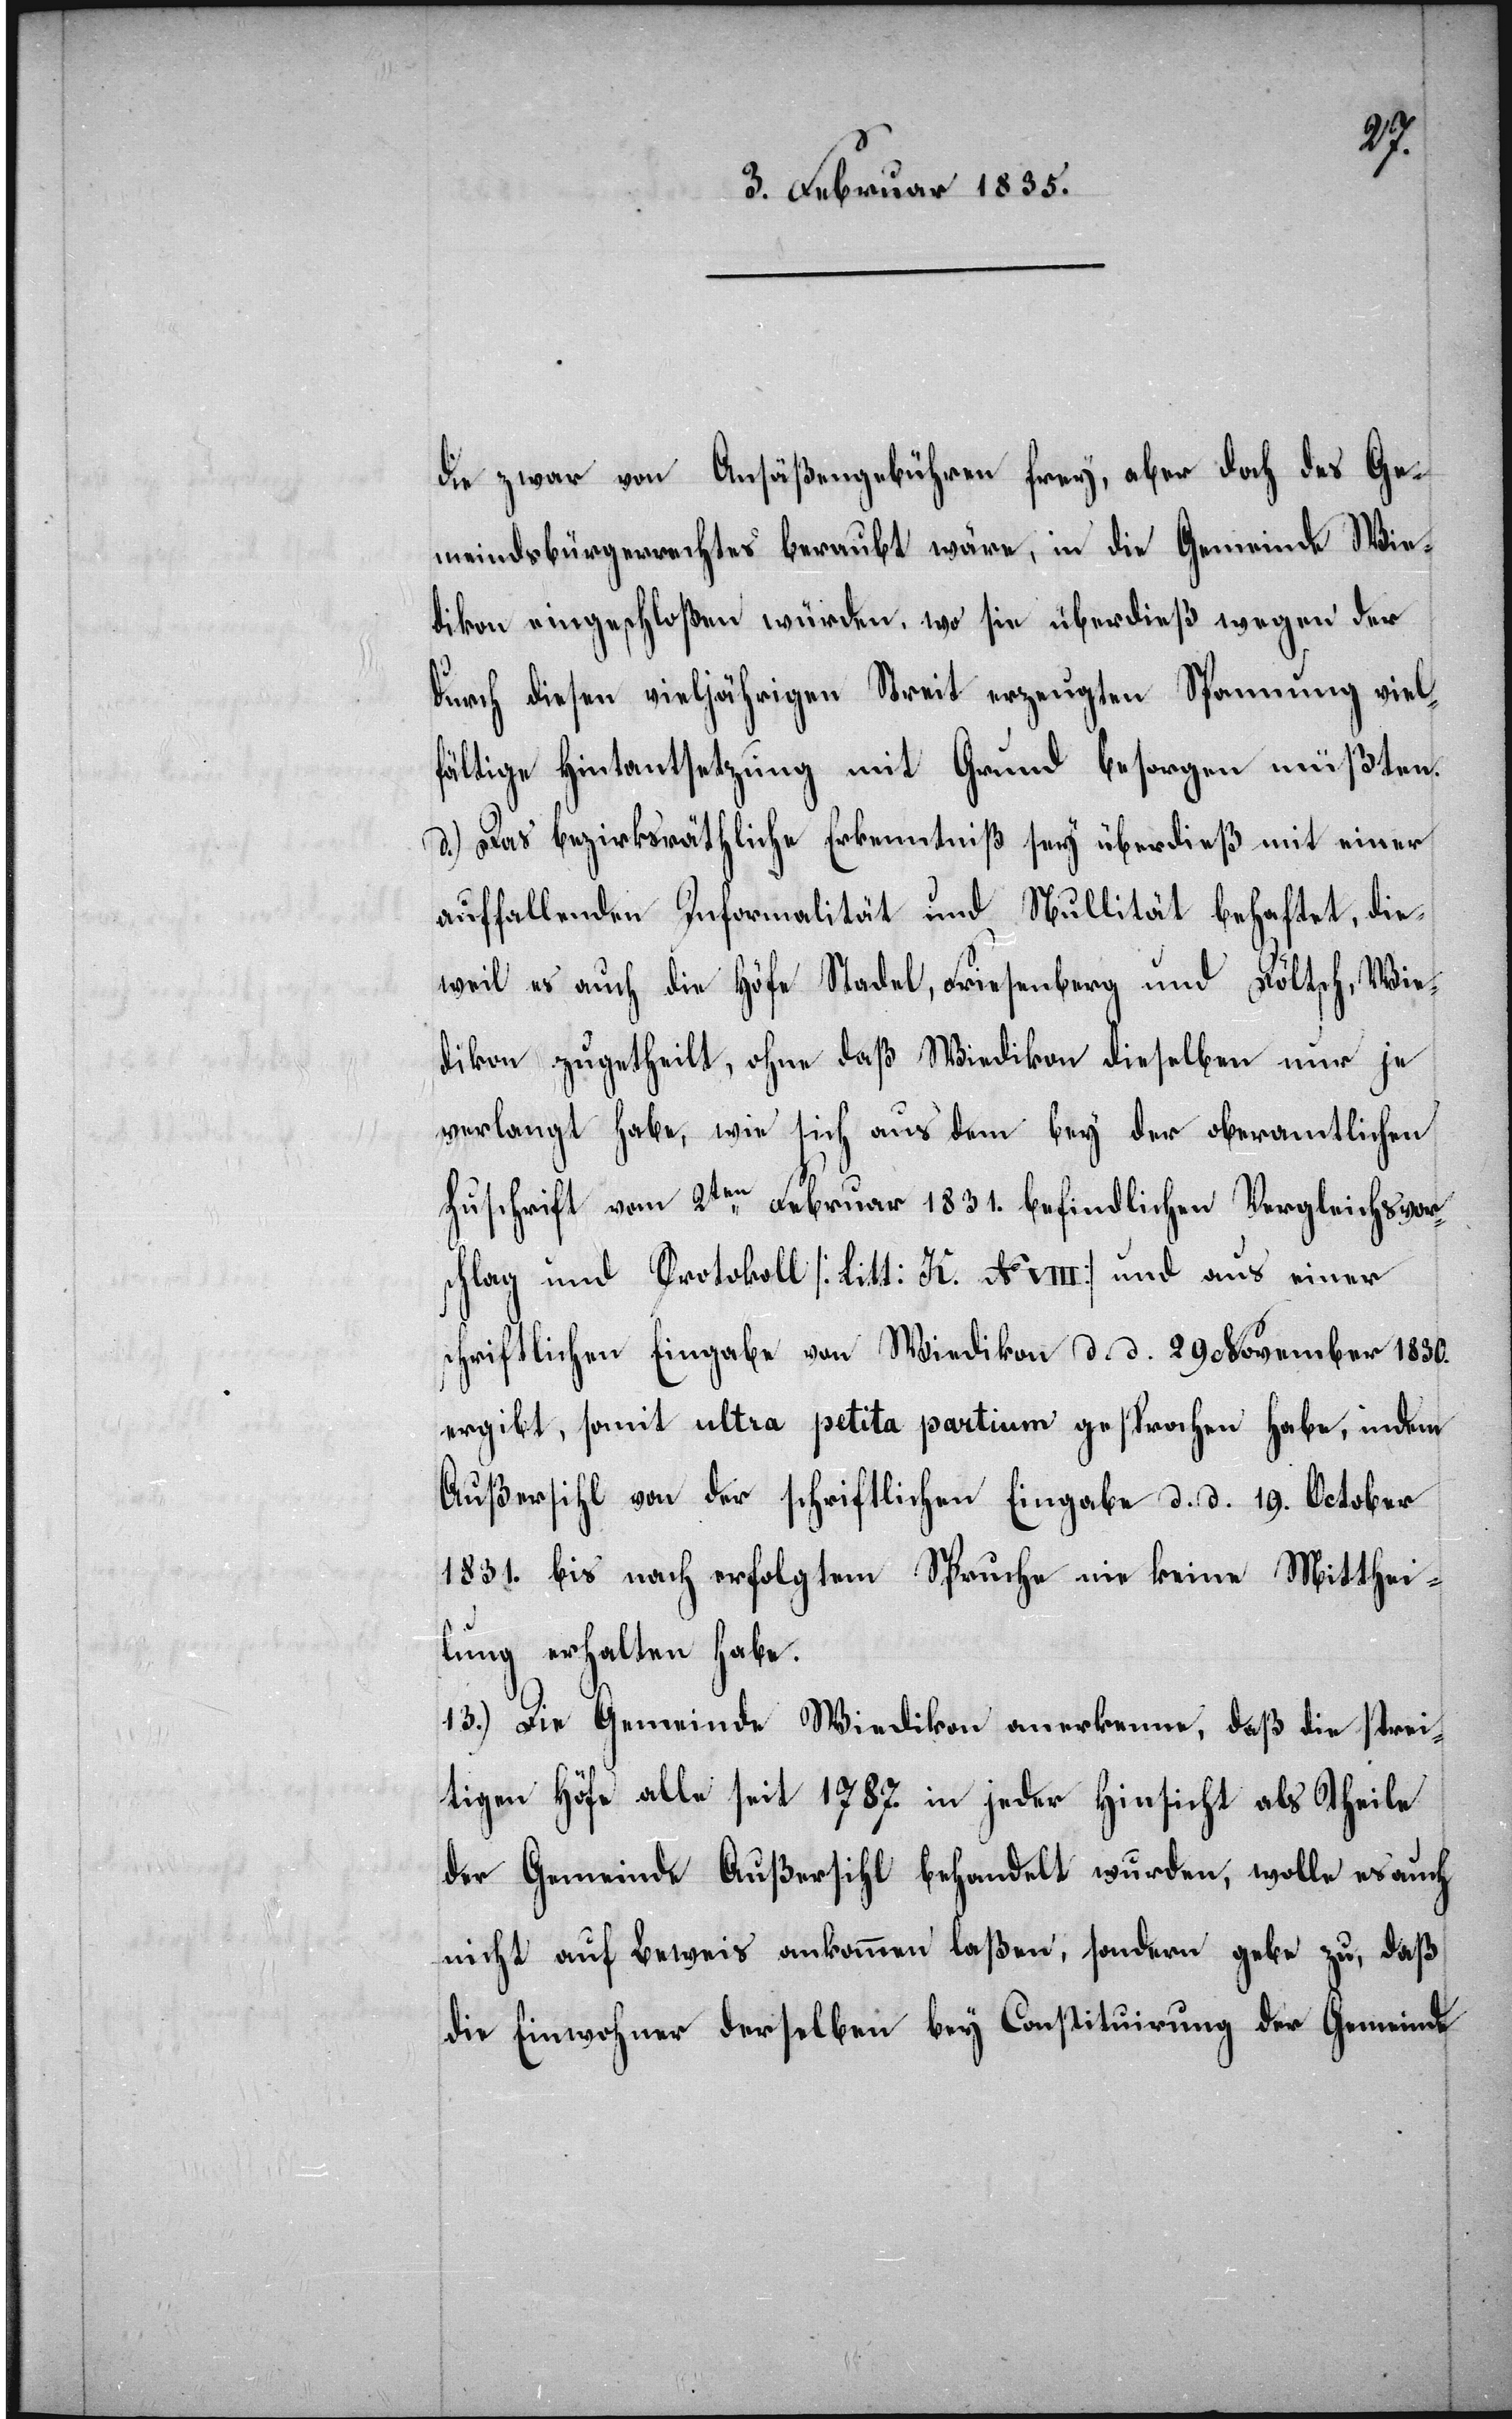
die zwar von Ansäßgebühren frey, aber doch des Ge¬
meindsbürgerrechtes beraubt wäre, in die Gemeinde Wie¬
dikon eingeschloßen würden, wo sie überdieß wegen der
durch diesen vieljährigen Streit erzeugten Spannung viel¬
fältige Hintantsetzung mit Grund besorgen müßten.
d.) Das bezirksräthliche Erkenntniß sey überdieß mit einer
auffallenden Informalität und Nullität behaftet, die¬
weil es auch die Höfe Stadel, Friesenberg und Döltsch, Wie¬
dikon zugetheilt, ohne daß Wiedikon dieselben nur je
verlangt habe, wie sich aus dem bey der oberamtlichen
Zuschrift vom 2ten Februar 1831. befindlichen Vergleichsvor¬
schlag und Protokoll [Litt: K. No. VIII] und aus einer
schriftlichen Eingabe von Wiedikon d. d. 29. November 1830.
ergibt, somit ultra petita partium gesprochen habe, indem
Außersihl von der schriftlichen Eingabe d. d. 19. October
1831. bis nach erfolgtem Spruche nie keine Mitthei¬
lung erhalten habe.
13.) Die Gemeinde Wiedikon anerkenne, daß die strei¬
tigen Höfe alle seit 1787. in jeder Hinsicht als Theile
der Gemeinde Außersihl behandelt wurden, wolle es auch
nicht auf Beweis ankommen laßen, sondern gebe zu, daß
die Einwohner derselben bey Constituirung der Gemeinde